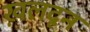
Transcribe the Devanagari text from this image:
ख़लदून